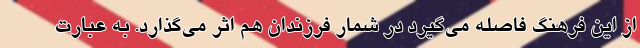
از این فرهنگ فاصله می‌گیرد در شمار فرزندان هم اثر می‌گذارد. به عبارت